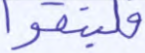
فليتقوا